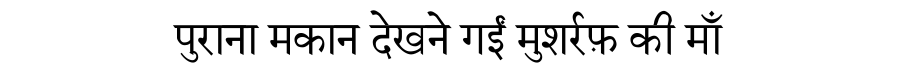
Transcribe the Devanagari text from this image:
पुराना मकान देखने गईं मुशर्रफ़ की माँ